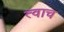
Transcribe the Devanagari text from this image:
त्वाच